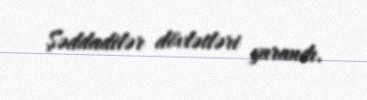
Şəddadilər dövlətləri yarandı.